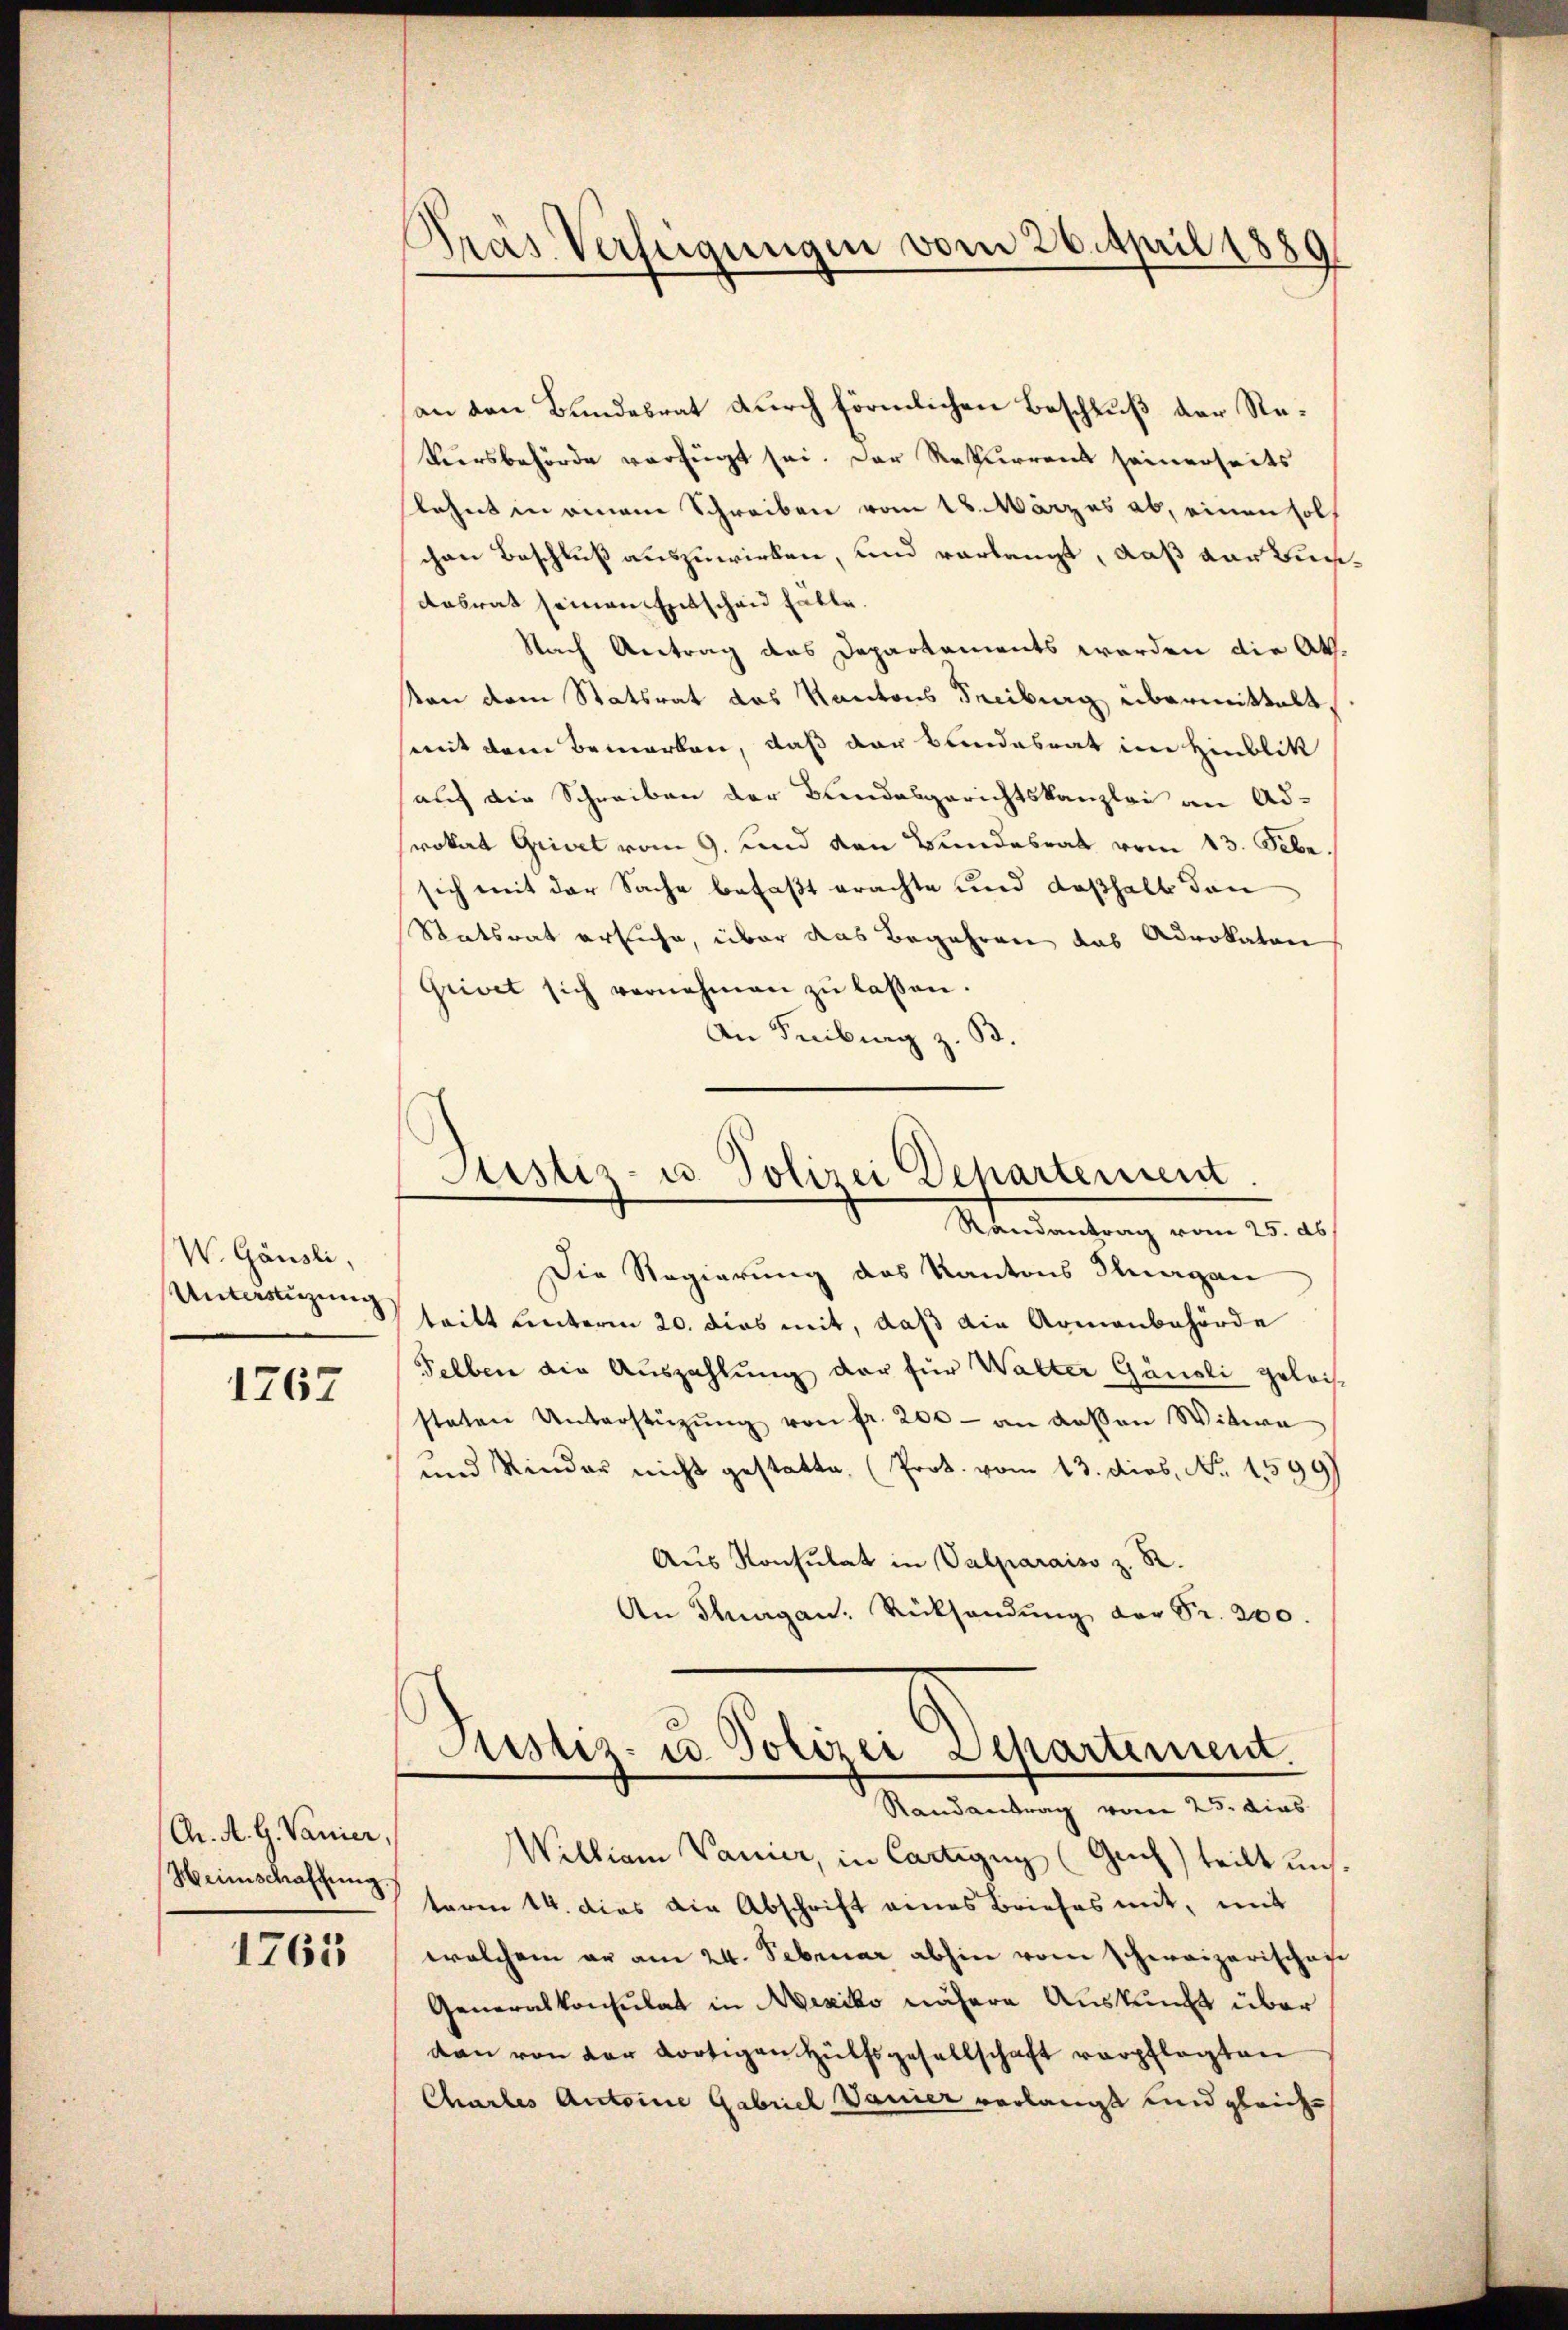
W. Gänsli,
Unterstüzung

1767

Chr. A. G. Vanier,
Heimschaffung.

1763

Krás Verfügungen vom 26. April 1889

an den Bundesrat durch förmlichen Beschluß der Re¬
Viersbehörde verfügt sei. Der Rekurrent seinerseits
lehnt in einem Schreiben vom 18. Märzes ab, einen sol
chen Beschluß auszuwirken, und verlangt, daß der Bun¬
Aasrat seinen Entscheid falle.
Nach Antrag des Departaments werden die Ath.
ton dem Statsrat das Kantons Freiburg übermittelt,
mit dem Bemerken, daß der Bundesrat im Hinblik
auf die Schreiben der Bundesgerichtskanzlei an Ad-
rokat Grivet vom 9. und den Bundesrat vom 13. Febr.
sich mit der Sache befaßt erachte und deßhalb den
Statsrat ersuche, über das Begehren das Advokaten
Grivet sich vernehmen zŭ lassen.
An Freibung z. B.

Randantrag vom 25. ds.
Die Regierung des Kantons Thurgau
tritt unterm 20. dies mit, daß die Armenbehörde
Felben die Auszahlung der für Walter Gänsli geleissteten Unterstützŭng von fr. 200 - an dassen Witwe
und Kinder nicht gestatte. (Prok. vom 13. dies. Nr. 1599)
Aus Konsulat in Valparaiso z. R.
An Thurgan. Rücksendŭng der Fr. 200.

Willian Vanier, in Cartigug (Guch) teilt uns.
teren 14. dies die Abschrift eines Briefes mit, mit
welchem er am 24. Februar abhin vom Schweizerischen
Generalkonsulat in Mexiko nähere Auskunft über
dan von der dortigen Hülfsgesellschaft verpflegten
Chartes Antoine Gabriel Danier verlangt und gleich¬

Justiz- u. Polizei Departement

Justiz- u. Polizei Departement
Randantrag vom 25. dies